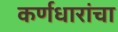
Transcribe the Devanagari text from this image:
कर्णधारांचा